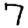
Digit: 7